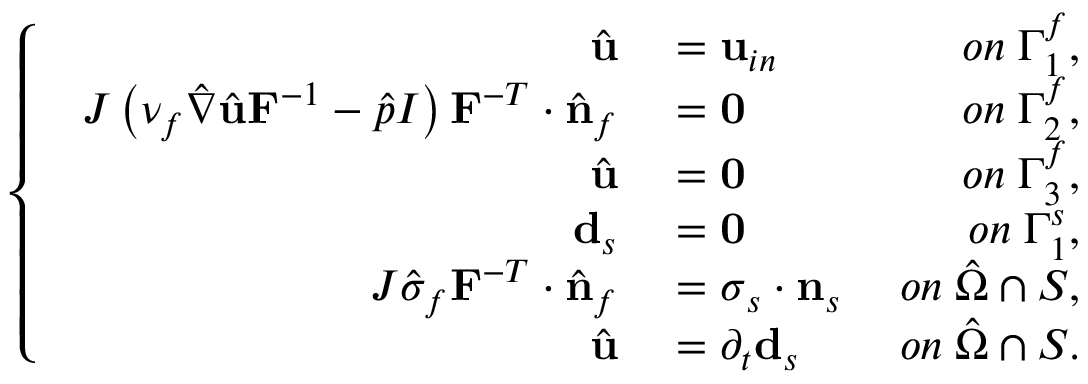
\left\{ \begin{array} { l l } { \begin{array} { r l r } { \hat { \mathbf { u } } } & { { } = \mathbf { u } _ { i n } \; } & { o n \; \Gamma _ { 1 } ^ { f } , } \\ { J \left( \nu _ { f } \hat { \nabla } \hat { \mathbf { u } } \mathbf { F } ^ { - 1 } - \hat { p } I \right) \mathbf { F } ^ { - T } \cdot \hat { \mathbf { n } } _ { f } } & { { } = \mathbf { 0 } \; } & { o n \; \Gamma _ { 2 } ^ { f } , } \\ { \hat { \mathbf { u } } } & { { } = \mathbf { 0 } \; } & { o n \; \Gamma _ { 3 } ^ { f } , } \\ { \mathbf { d } _ { s } } & { { } = \mathbf { 0 } \; } & { o n \; \Gamma _ { 1 } ^ { s } , } \\ { J \hat { \sigma } _ { f } \mathbf { F } ^ { - T } \cdot \hat { \mathbf { n } } _ { f } } & { { } = \boldsymbol { \sigma } _ { s } \cdot \mathbf { n } _ { s } \; } & { o n \; \hat { \Omega } \cap \cal S , } \\ { \hat { \mathbf { u } } } & { { } = \partial _ { t } \mathbf { d } _ { s } \; } & { o n \; \hat { \Omega } \cap \cal S . } \end{array} } \end{array} \right.